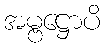
အမ္ဗဋ္ဌောပိ